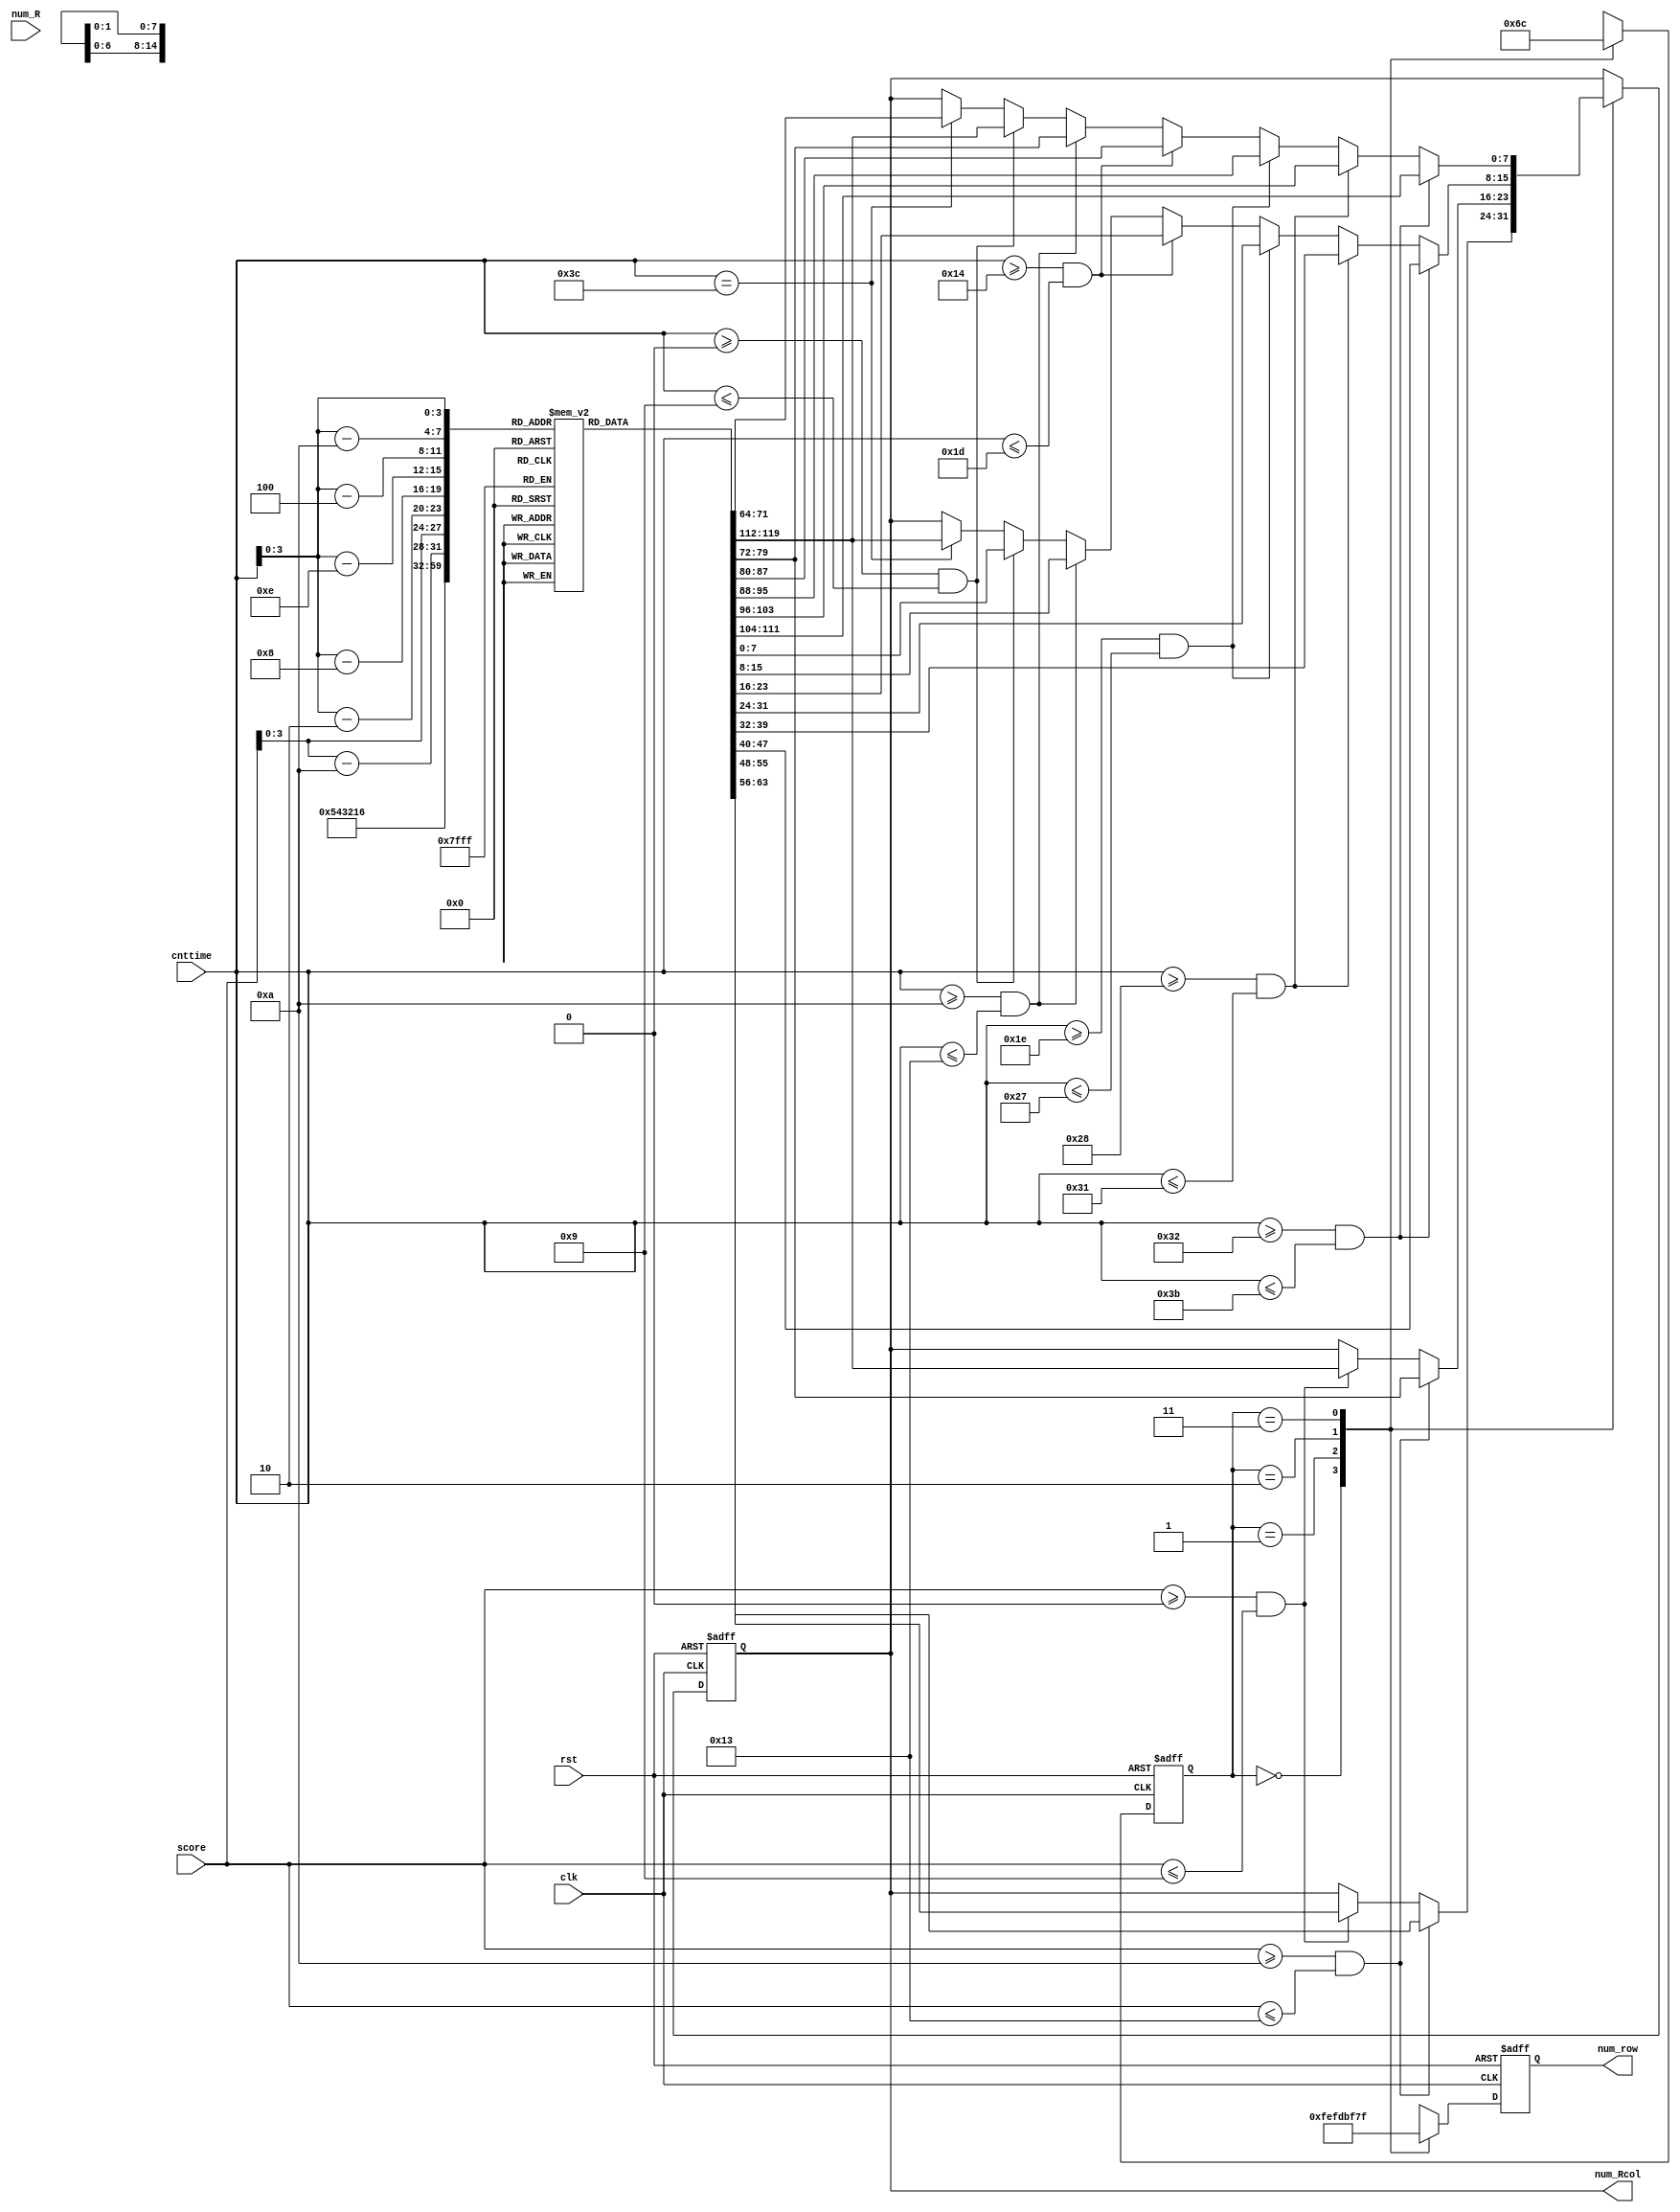
module numberscan(clk,rst,num_Rcol,num_row,num_R,cnttime,score);
	input clk;
	input rst;
	input  [31:0] num_R;
	input  [5:0]cnttime;
	input  [4:0] score;
	//input [5:0]cnttime;
	//reg [8:0] seg[9:0];
	//reg [8:0] seg_data [1:0];
	//reg [5:0]cnt;
	//wire  [7:0] seg_data0;
	//wire  [7:0] seg_data1;
	reg [7:0] seg[9:0];
	reg [5:0]cnt;
	output reg  [7:0] num_row;
	output reg  [7:0] num_Rcol;
	//output [15:0]led_ld;
	//wire [7:0] seg_data2;
	//wire [7:0] seg_data3;

	

	
	reg [1:0] state;
	//count(clk,rst,seg_data0,seg_data1,led_ld);
	//countpoint(clk,rst,seg_data2,seg_data3);
	initial begin
		  seg[0] <= 8'b00111111;                                           //9'b00_0011_1111,DP7  0
	      seg[1] <= 8'b00000110;                                           //7  1
	      seg[2] <= 8'b01011011;                                           //7  2
	      seg[3] <= 8'b01001111;                                           //7  3
	      seg[4] <= 8'b01100110;                                           //7  4
	      seg[5] <= 8'b01101101;                                           //7  5
	      seg[6] <= 8'b01111101;                                           //7  6
	      seg[7] <= 8'b00000111;                                           //7  7
	      seg[8] <= 8'b01111111;                                           //7  8
	      seg[9] <= 8'b01101111;  
		state<=2'b00;
		num_Rcol<=8'b0000_0000;
		
		num_row<=8'b11111111;
	end

	always @(posedge clk or posedge rst) begin
      	  if(rst) begin
           	 	state<=2'b00;
            		num_Rcol<=8'b0000_0000;
            		
						num_row<=8'b11111110;
       	 	end
	  else begin
		case(state)
		2'b00: begin
			state<=2'b01;
			num_row<=8'b11111110;
			//num_Rcol<=8'b00111111;
         if(score>=10 && score<=19) begin
				num_Rcol<=seg[score-10];
			end
			else if(score>=0 && score<=9) begin
				num_Rcol<=seg[score];
			end
		end 
		2'b01:begin
			state<=2'b10;
			num_row<=8'b11111101;
			//num_Rcol<=8'b00111111;
			if(score>=10 && score<=19) begin
				num_Rcol<=seg[1];
			end
			else if(score>=0 && score<=9) begin
				num_Rcol<=seg[0];
			end
                    		
	
		end
		2'b10:begin
			state<=2'b11;
			num_row<=8'b10111111;
			//num_Rcol<=8'b00111111;
			//num_Rcol<=seg_data0;
         if(cnttime>=50 && cnttime<=59) begin
				num_Rcol<=seg[cnttime-50];
			end
			else if(cnttime>=40 && cnttime<=49) begin
				num_Rcol<=seg[cnttime-40];
			end
			else if(cnttime>=30 && cnttime<=39) begin
				num_Rcol<=seg[cnttime-30];
			end
			else if(cnttime>=20 && cnttime<=29) begin
				num_Rcol<=seg[cnttime-20];
			end
			else if(cnttime>=10 && cnttime<=19) begin
				num_Rcol<=seg[cnttime-10];
			end
			else if(cnttime>=0 && cnttime<=9) begin
				num_Rcol<=seg[cnttime];
			end 
			else if(cnttime==60)begin
				num_Rcol<=seg[0];
			end
	
		end
		2'b11:begin
			state<=2'b00;
			num_row<=8'b01111111;
			//num_Rcol<=8'b00111111;
         //num_Rcol<=seg_data1;
			
		   if(cnttime>=50 && cnttime<=59) begin
				num_Rcol<=seg[5];
			end
			else if(cnttime>=40 && cnttime<=49) begin
				num_Rcol<=seg[4];
			end
			else if(cnttime>=30 && cnttime<=39) begin
				num_Rcol<=seg[3];
			end
			else if(cnttime>=20 && cnttime<=29) begin
				num_Rcol<=seg[2];
			end
			else if(cnttime>=10 && cnttime<=19) begin
				num_Rcol<=seg[1];
			end
			else if(cnttime>=0 && cnttime<=9) begin
				num_Rcol<=seg[0];
			end
			else if(cnttime==60)begin
				num_Rcol<=seg[6];
			end
	
		end
		
		endcase
	end
	end
	//assign led_ld[5:0]=cnttime;
	
	//assign led_ld[15:13]=state;
  
	//assign led_ld[7:0]=num_row;
endmodule